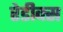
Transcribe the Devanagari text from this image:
रेडीक्स